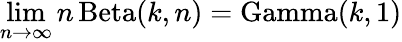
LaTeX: \operatorname*{lim}_{n\to\infty}n\operatorname{Beta}(k,n)=\operatorname{Gamma}(k,1)